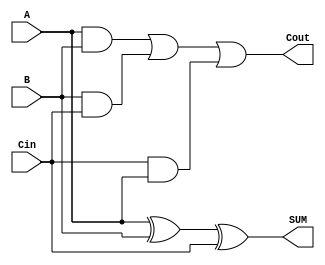
module full_adder (
    input wire A,
    input wire B,
    input wire Cin,
    output reg SUM,
    output reg Cout
);

always @(*) begin
    SUM = A ^ B ^ Cin;
    Cout = (A & B) | (B & Cin) | (Cin & A);
end

endmodule